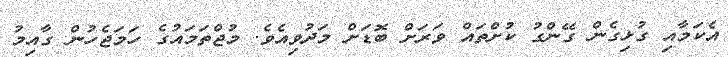
އެކަމާއި ގުޅިގެން ގޭންގު ކުށްތައް ވަރަށް ބޮޑަށް މަދުވިއެވެ. މުޖްތަމައުގެ ހަމަޖެހުން ގާއިމު